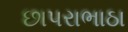
છાપરાભાઠા